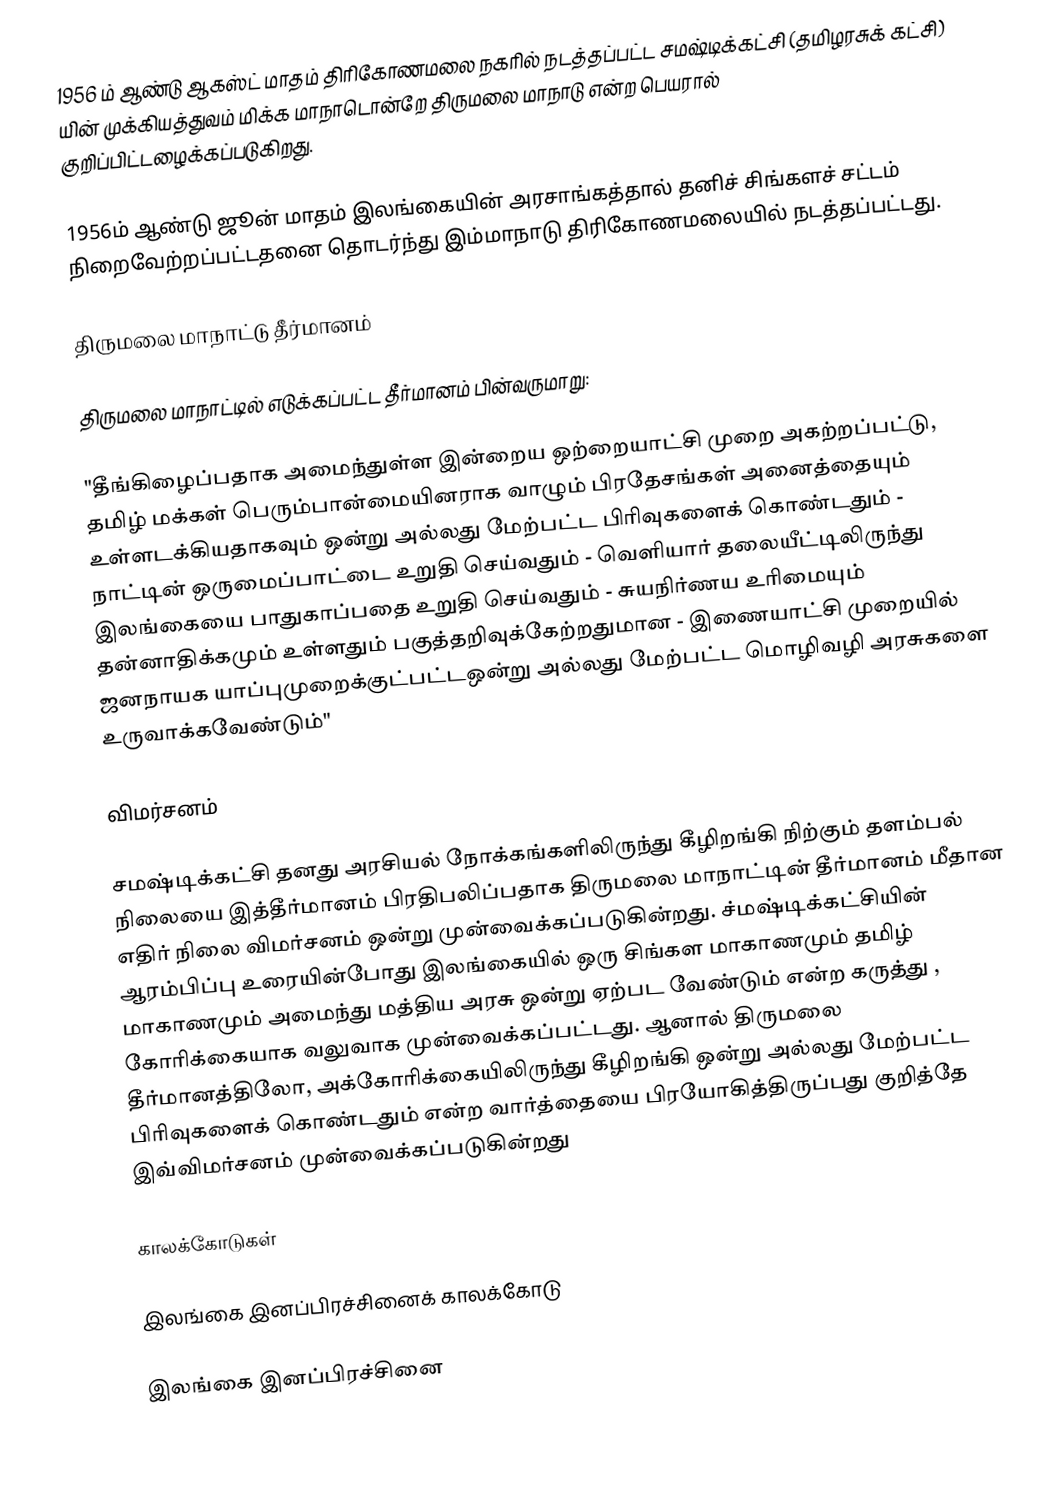
1956 ம் ஆண்டு ஆகஸ்ட் மாதம் திரிகோணமலை நகரில் நடத்தப்பட்ட சமஷ்டிக்கட்சி (தமிழரசுக் கட்சி) யின் முக்கியத்துவம் மிக்க மாநாடொன்றே திருமலை மாநாடு என்ற பெயரால் குறிப்பிட்டழைக்கப்படுகிறது.

1956ம் ஆண்டு ஜூன் மாதம் இலங்கையின் அரசாங்கத்தால் தனிச் சிங்களச் சட்டம் நிறைவேற்றப்பட்டதனை தொடர்ந்து இம்மாநாடு திரிகோணமலையில் நடத்தப்பட்டது.

திருமலை மாநாட்டு தீர்மானம்

திருமலை மாநாட்டில் எடுக்கப்பட்ட தீர்மானம் பின்வருமாறு:

"தீங்கிழைப்பதாக அமைந்துள்ள இன்றைய ஒற்றையாட்சி முறை அகற்றப்பட்டு, தமிழ் மக்கள் பெரும்பான்மையினராக வாழும் பிரதேசங்கள் அனைத்தையும் உள்ளடக்கியதாகவும் ஒன்று அல்லது மேற்பட்ட பிரிவுகளைக் கொண்டதும் -  நாட்டின் ஒருமைப்பாட்டை உறுதி செய்வதும் - வெளியார் தலையீட்டிலிருந்து இலங்கையை பாதுகாப்பதை உறுதி செய்வதும் - சுயநிர்ணய உரிமையும் தன்னாதிக்கமும் உள்ளதும் பகுத்தறிவுக்கேற்றதுமான - இணையாட்சி முறையில் ஜனநாயக யாப்புமுறைக்குட்பட்டஒன்று அல்லது மேற்பட்ட மொழிவழி அரசுகளை உருவாக்கவேண்டும்"

விமர்சனம்

சமஷ்டிக்கட்சி தனது அரசியல் நோக்கங்களிலிருந்து கீழிறங்கி நிற்கும் தளம்பல் நிலையை இத்தீர்மானம்  பிரதிபலிப்பதாக திருமலை மாநாட்டின் தீர்மானம் மீதான எதிர் நிலை விமர்சனம் ஒன்று முன்வைக்கப்படுகின்றது. ச்மஷ்டிக்கட்சியின் ஆரம்பிப்பு உரையின்போது இலங்கையில் ஒரு சிங்கள மாகாணமும் தமிழ் மாகாணமும் அமைந்து மத்திய அரசு ஒன்று ஏற்பட வேண்டும் என்ற கருத்து , கோரிக்கையாக வலுவாக முன்வைக்கப்பட்டது. ஆனால் திருமலை தீர்மானத்திலோ, அக்கோரிக்கையிலிருந்து கீழிறங்கி  ஒன்று அல்லது மேற்பட்ட பிரிவுகளைக் கொண்டதும்  என்ற வார்த்தையை பிரயோகித்திருப்பது குறித்தே இவ்விமர்சனம் முன்வைக்கப்படுகின்றது

காலக்கோடுகள்

 இலங்கை இனப்பிரச்சினைக் காலக்கோடு

இலங்கை இனப்பிரச்சினை